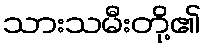
သားသမီးတို့၏